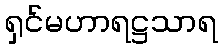
ရှင်မဟာရဋ္ဌသာရ